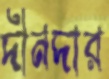
দীনদার